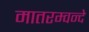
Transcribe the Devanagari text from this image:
मातरम्वन्दे